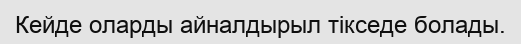
Кейде оларды айналдырыл тікседе болады.